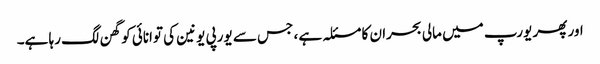
اور پھر یورپ میں مالی بحران کا مسئلہ ہے ، جس سے یورپی یونین کی توانائی کو گھن لگ رہا ہے۔